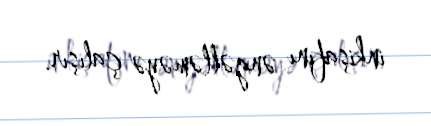
inkişafını əngəlləməyə çalışır.